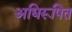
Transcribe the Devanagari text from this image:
अधिरूपित